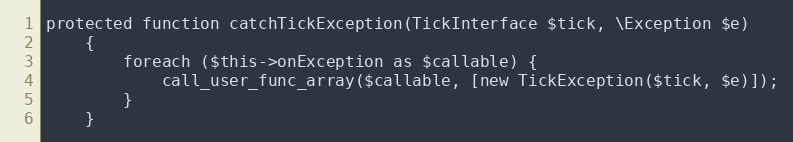
Language: PHP
protected function catchTickException(TickInterface $tick, \Exception $e)
    {
        foreach ($this->onException as $callable) {
            call_user_func_array($callable, [new TickException($tick, $e)]);
        }
    }